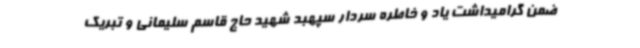
ضمن گرامیداشت یاد و خاطره سردار سپهبد شهید حاج قاسم سلیمانی و تبریک